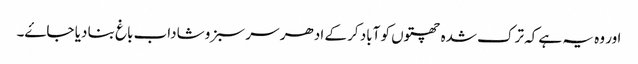
اور وہ یہ ہے کہ ترک شدہ چھتوں کو آباد کر کے ادھر سر سبز و شاداب باغ بنا دیا جاۓ۔